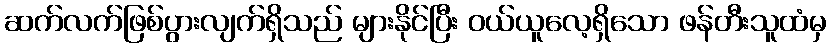
ဆက်လက်ဖြစ်ပွားလျက်ရှိသည် များနိုင်ပြီး ဝယ်ယူလေ့ရှိသော ဖန်တီးသူထံမှ